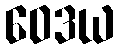
ဝေဒယ